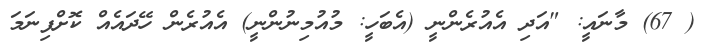
( 67) މާނައީ: "އަދި އެއުރެންނީ (އެބަހީ: މުއުމިނުންނީ) އެއުރެން ހޭދައެއް ކޮށްފިނަމަ